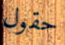
حقول